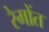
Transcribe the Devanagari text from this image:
रेमोंत